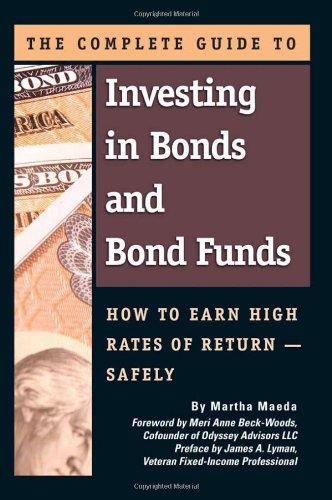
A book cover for The Complete Guide to Investing in Bonds and Bond Funds: How to Earn High Rates of Return Safely; Martha Maeda; Business & Money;